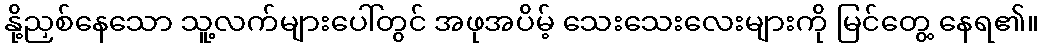
နို့ညှစ်နေသော သူ့လက်များပေါ်တွင် အဖုအပိမ့် သေးသေးလေးများကို မြင်တွေ့ နေရ၏။